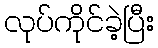
လုပ်ကိုင်ခဲ့ပြီး